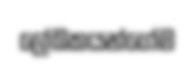
ලේඛකයන්ගේම